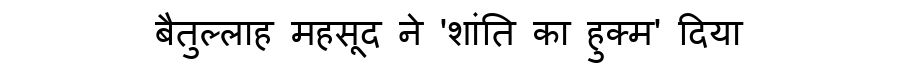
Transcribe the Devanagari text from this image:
बैतुल्लाह महसूद ने 'शांति का हुक्म' दिया